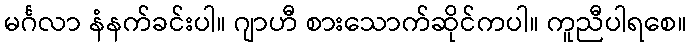
မင်္ဂလာ နံနက်ခင်းပါ။ ဂျာဟီ စားသောက်ဆိုင်ကပါ။ ကူညီပါရစေ။